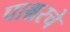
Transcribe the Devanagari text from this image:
पाश्चरचे